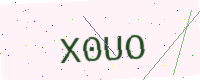
Text: X0UO